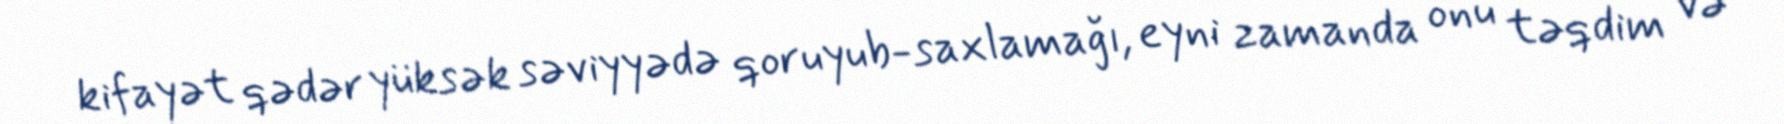
kifayət qədər yüksək səviyyədə qoruyub-saxlamağı, eyni zamanda onu təqdim və